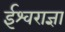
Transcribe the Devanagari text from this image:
ईश्वराज्ञा